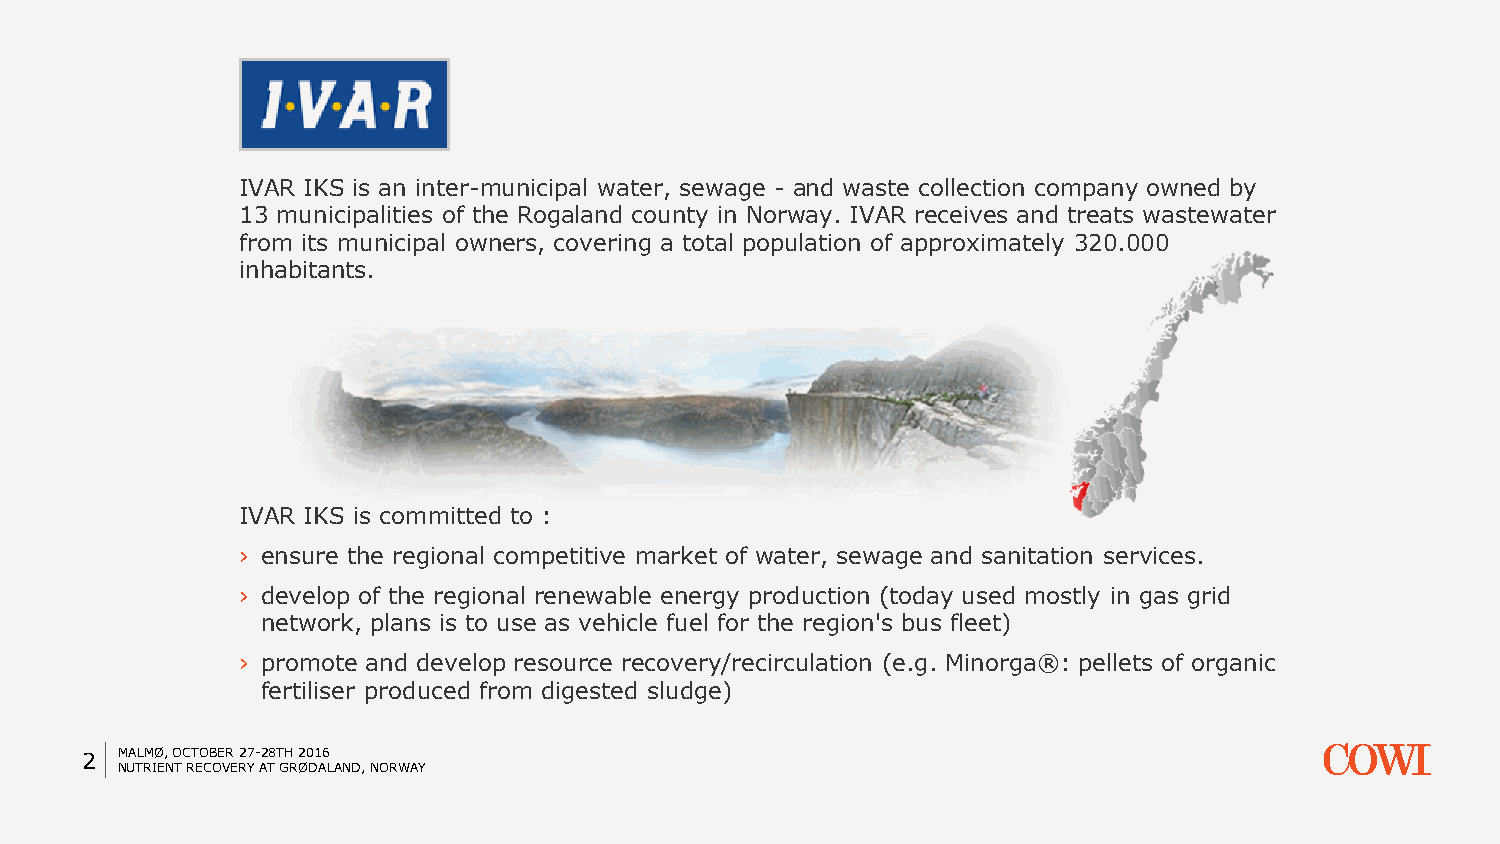
IVAR IKS is an inter-municipal water, sewage - and waste collection company owned by
 13 municipalities of the Rogaland county in Norway. IVAR receives and treats wastewater
 from its municipal owners, covering a total population of approximately 320.000
 inhabitants.
 IVAR IKS is committed to :
 › ensure the regional competitive market of water, sewage and sanitation services.
 › develop of the regional renewable energy production (today used mostly in gas grid
 network, plans is to use as vehicle fuel for the region's bus fleet)
 › promote and develop resource recovery/recirculation (e.g. Minorga®: pellets of organic
 fertiliser produced from digested sludge)
 2  MALMØ, OCTOBER 27-28TH 2016
 NUTRIENT RECOVERY AT GRØDALAND, NORWAY